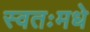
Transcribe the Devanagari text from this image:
स्वतःमधे